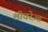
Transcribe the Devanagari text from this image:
लीवरेज़्ड